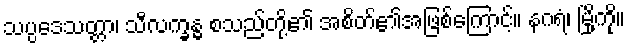
သပ္ပဒေသတ္တာ၊ သီလက္ခန္ဓ စသည်တို့၏ အစိတ်၏အဖြစ်ကြောင့်။ နဂရံ၊ မြို့ကို။